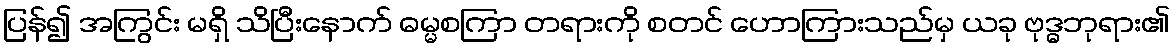
ပြန်၍ အကြွင်း မရှိ သိပြီးနောက် ဓမ္မစကြာ တရားကို စတင် ဟောကြားသည်မှ ယခု ဗုဒ္ဓဘုရား၏